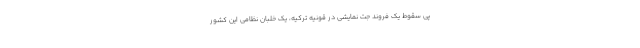
پی سقوط یک فروند جت نمایشی در قونیه ترکیه، یک خلبان نظامی این کشور